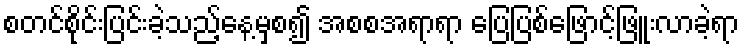
စတင်စိုင်းပြင်းခဲ့သည့်နေ့မှစ၍ အစစအရာရာ ပြေပြစ်ဖြောင့်ဖြူးလာခဲ့ရာ